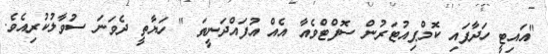
"އައިޓީ ހަދާފައި ކޮމްޕިއުޓަރުން ސޮފްޓްވެއާ އެއް އުފައްދަނީތަ " ހަޔާތީ ދެވަނަ ސުވާލުކުރިއެވެ.